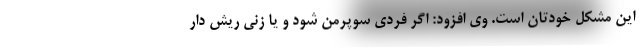
این مشکل خودتان است. وی افزود: اگر فردی سوپرمن شود و یا زنی ریش دار